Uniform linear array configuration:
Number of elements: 12
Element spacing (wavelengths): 0.75
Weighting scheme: uniform
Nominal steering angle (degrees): -45
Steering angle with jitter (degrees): -46.88
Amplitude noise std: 0.05
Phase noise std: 0.05

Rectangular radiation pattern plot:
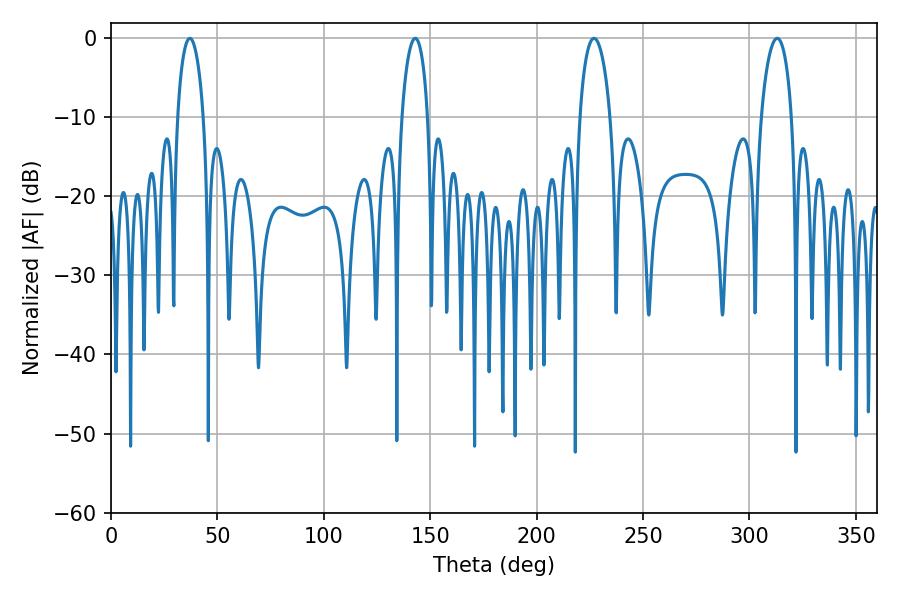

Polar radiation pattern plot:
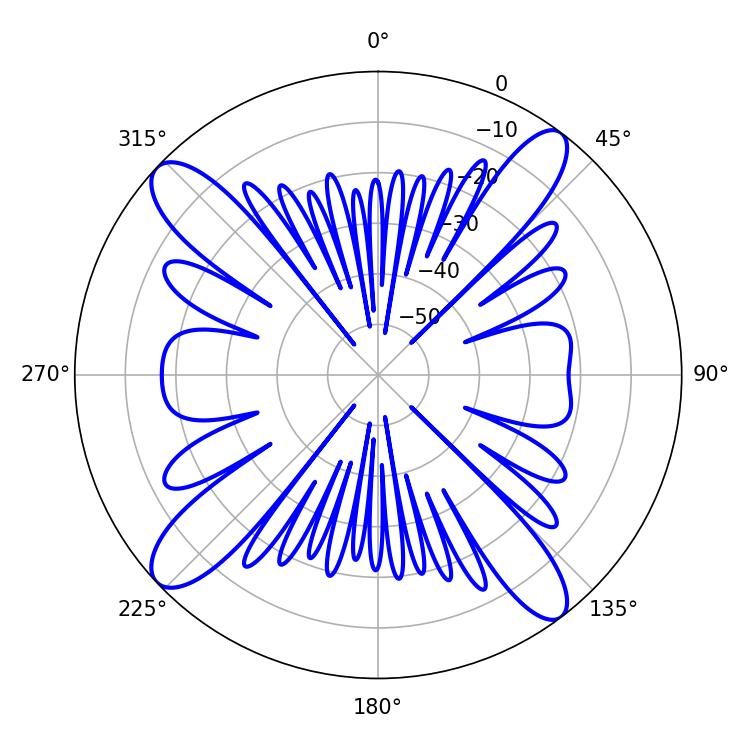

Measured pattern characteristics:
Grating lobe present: TRUE
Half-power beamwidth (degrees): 8.28
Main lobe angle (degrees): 226.98